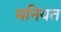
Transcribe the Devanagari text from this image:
मनियत